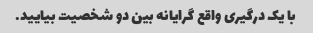
با یک درگیری واقع گرایانه بین دو شخصیت بیایید.